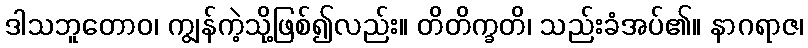
ဒါသဘူတောဝ၊ ကျွန်ကဲ့သို့ဖြစ်၍လည်း။ တိတိက္ခတိ၊ သည်းခံအပ်၏။ နာဂရာဇ၊